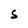
Character: S